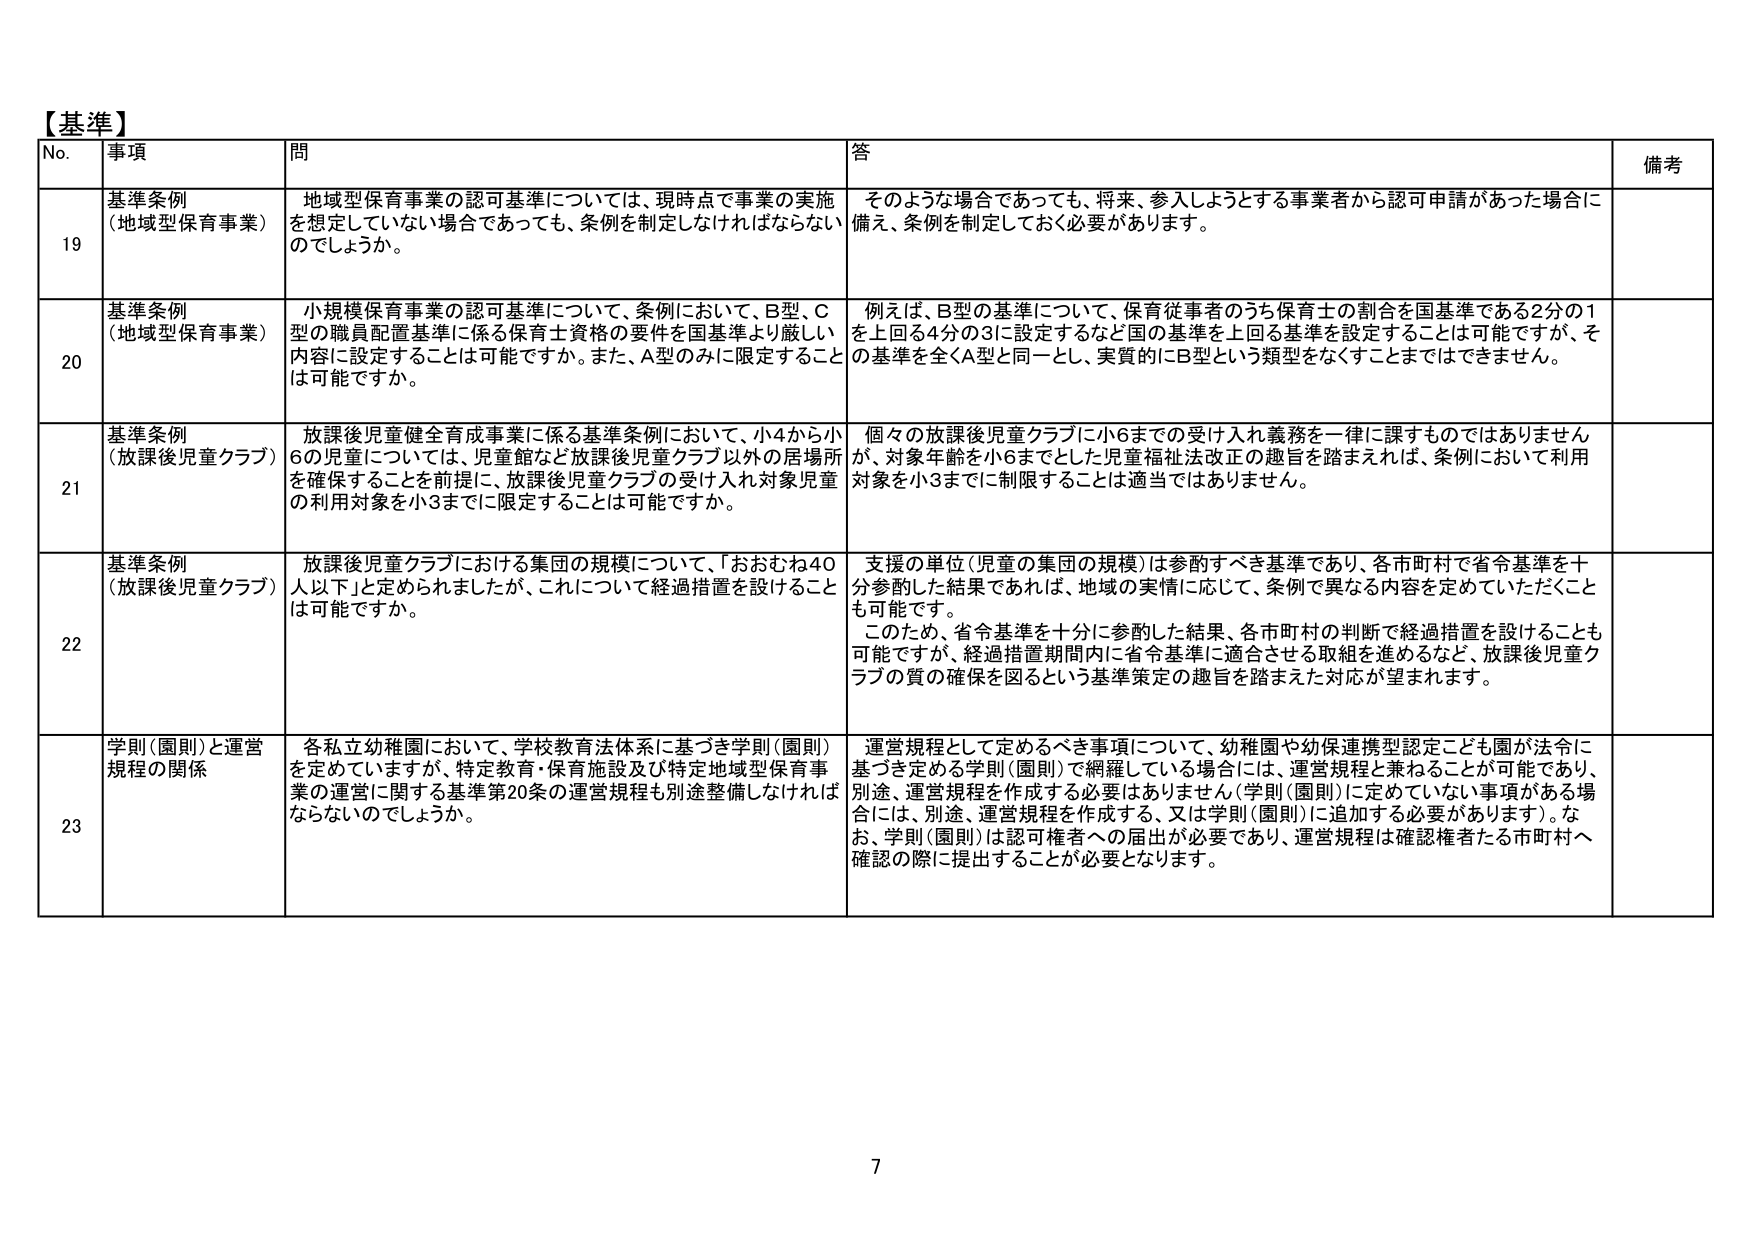
【基準】
No. 事項 問 答 備考
19 基準条例 （地域型保育事業） 地域型保育事業の認可基準については、現時点で事業の実施を想定していない場合であっても、条例を制定しなければならないのでしょうか。 そのような場合であっても、将来、参入しようとする事業者から認可申請があった場合に備え、条例を制定しておく必要があります。
20 基準条例 （地域型保育事業） 小規模保育事業の認可基準について、条例において、B型、C型の職員配置基準に係る保育士資格の要件を国基準より厳しい内容に設定することは可能ですか。また、A型のみに限定することは可能ですか。 例えば、B型の基準について、保育従事者のうち保育士の割合を国基準である2分の1を上回る4分の3に設定するなど国の基準を上回る基準を設定することは可能ですが、その基準を全くA型と同一とし、実質的にB型という類型をなくすことまではできません。
21 基準条例 （放課後児童クラブ） 放課後児童健全育成事業に係る基準条例において、小4から小6の児童については、児童館など放課後児童クラブ以外の居場所を確保することを前提に、放課後児童クラブの受け入れ対象児童の利用対象を小3までに限定することは可能ですか。 個々の放課後児童クラブに小6までの受け入れ義務を一律に課すものではありませんが、対象年齢を小6までとした児童福祉法改正の趣旨を踏まえれば、条例において利用対象を小3までに制限することは適当ではありません。
22 基準条例 （放課後児童クラブ） 放課後児童クラブにおける集団の規模について、「おおむね40人以下」と定められましたが、これについて経過措置を設けることは可能ですか。 支援の単位（児童の集団の規模）は参酌すべき基準であり、各市町村で省令基準を十分参酌した結果であれば、地域の実情に応じて、条例で異なる内容を定めていただくことも可能です。 このため、省令基準を十分に参酌した結果、各市町村の判断で経過措置を設けることも可能ですが、経過措置期間内に省令基準に適合させる取組を進めるなど、放課後児童クラブの質の確保を図るという基準策定の趣旨を踏まえた対応が望まれます。
23 学則（園則）と運営規程の関係 各私立幼稚園において、学校教育法体系に基づき学則（園則）を定めていますが、特定教育・保育施設及び特定地域型保育事業の運営に関する基準第20条の運営規程も別途整備しなければならないのでしょうか。 運営規程として定めるべき事項について、幼稚園や幼保連携型認定こども園が法令に基づき定める学則（園則）で網羅している場合には、運営規程と兼ねることが可能であり、別途、運営規程を作成する必要はありません（学則（園則）に定めていない事項がある場合には、別途、運営規程を作成する、又は学則（園則）に追加する必要があります）。なお、学則（園則）は認可権者への届出が必要であり、運営規程は確認権者たる市町村へ確認の際に提出することが必要となります。
7